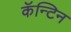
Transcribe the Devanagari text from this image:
कॅन्टिन